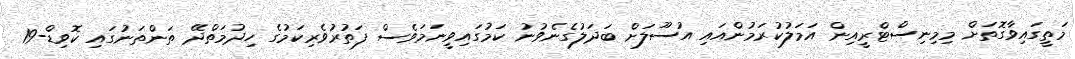
މަތީގައިވާގޮތަށް މިމިނިސްޓްރީއިން އަމަލުކުރަމުންއައި އުސޫލަށް ބަދަލުގެނެވުނު ކަމުގައިވީނަމަވެސް ފަތުރުވެރިކަމުގެ ހިދުމަތްދޭ ތަންތަނުގައި ކޮވިޑް-19